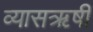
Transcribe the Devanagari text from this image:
व्यासऋषी